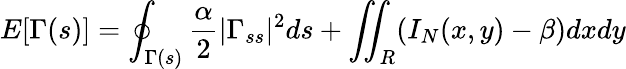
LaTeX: E[\Gamma(s)]=\oint_{\Gamma(s)}\frac{\alpha}{2}|\Gamma_{ss}|^{2}ds+\iint_{R}(I_{N}(x,y)-\beta)dxdy